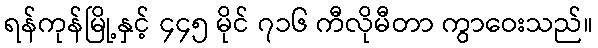
ရန်ကုန်မြို့နှင့် ၄၄၅ မိုင် ၇၁၆ ကီလိုမီတာ ကွာဝေးသည်။